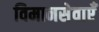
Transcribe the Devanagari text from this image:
विमानसेवाएँ